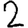
Digit: 2